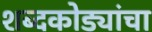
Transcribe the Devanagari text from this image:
शब्दकोड्यांचा